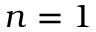
n = 1